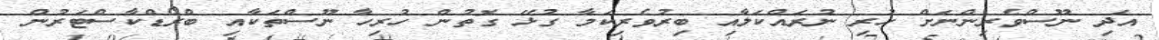
އަދި ނޫސްވެރިންނަށް ހުރި ނުރައްކަލާއި ބިރުވެރިކަމާ ގުޅޭ ގޮތުން ހުރިހާ ނޫސްތަކާއި ބްރޯޑްކާސްޓަރުން